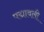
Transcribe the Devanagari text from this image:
पद्मावली